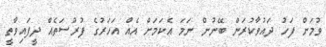
ވުމަށް ފަހު ދައުވާކުރަން ބޭނުން ނަމަ އެކަމަށް އެއް އަހަރުގެ ފުރުސަތެއް ދީފައިވާތީ